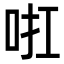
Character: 𠲞